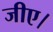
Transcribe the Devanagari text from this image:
जीए।